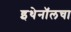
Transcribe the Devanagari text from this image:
इथेनॉलचा